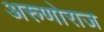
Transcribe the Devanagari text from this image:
अरुणोराज